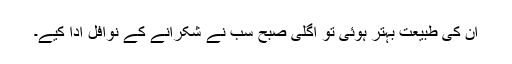
ان کی طبیعت بہتر ہوئی تو اگلی صبح سب نے شکرانے کے نوافل ادا کیے۔